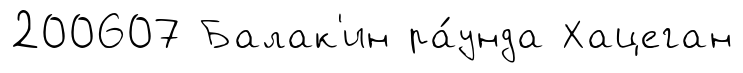
200607 Балак'ин ра́унда Хацеган